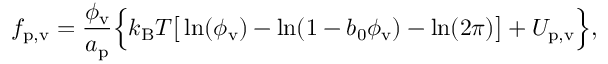
f _ { \mathrm { p , v } } = \frac { \phi _ { \mathrm { v } } } { a _ { \mathrm { p } } } \Big \{ k _ { \mathrm { B } } T \big [ \ln ( \phi _ { \mathrm { v } } ) - \ln ( 1 - b _ { 0 } \phi _ { \mathrm { v } } ) - \ln ( 2 \pi ) \big ] + U _ { \mathrm { p , v } } \Big \} ,